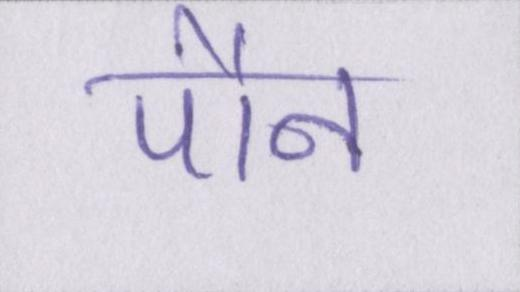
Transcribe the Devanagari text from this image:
पौन